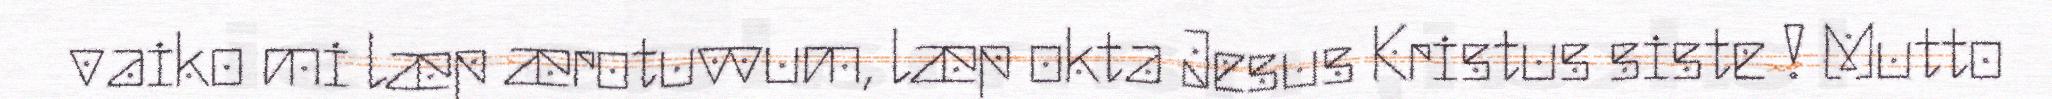
vaiko mi læp ærotuvvum, læp okta Jesus Kristus siste ! Mutto